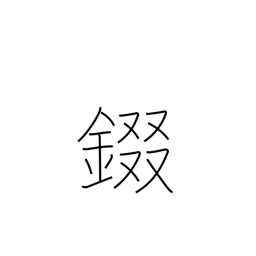
Meaning: armor neckplates